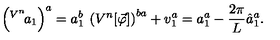
\left( ^ { V ^ { n } } { \! a } _ { 1 } \right) ^ { a } = a _ { 1 } ^ { b } \: \left( V ^ { n } [ \vec { \varphi } ] \right) ^ { b a } + v _ { 1 } ^ { a } = a _ { 1 } ^ { a } - \frac { 2 \pi } { L } \hat { a } _ { 1 } ^ { a } .